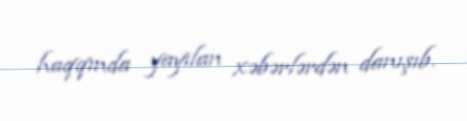
haqqında yayılan xəbərlərdən danışıb.